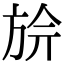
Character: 㫅